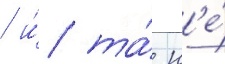
/ и́ та́ н'е́